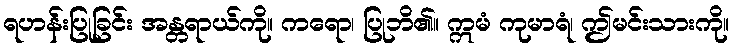
ရဟန်းပြုခြင်း အန္တရာယ်ကို။ ကရော၊ ပြုဘိ၏။ ဣမံ ကုမာရံ၊ ဤမင်းသားကို။